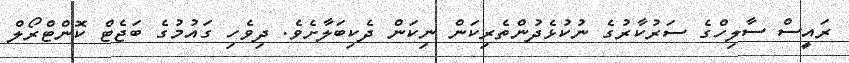
ރައީސް ސާލިހްގެ ސަރުކާރުގެ ނުކުޅެދުންތެރިކަން ނިކަން ދެކިބަލާށެވެ. ދިވެހި ގައުމުގެ ބަޖެޓް ކޮންޓްރޯލް